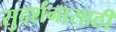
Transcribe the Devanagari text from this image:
सुदर्शनासाठी